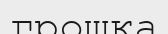
грошқа